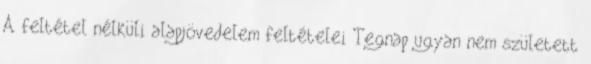
A feltétel nélküli alapjövedelem feltételei Tegnap ugyan nem született